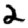
Digit: 2